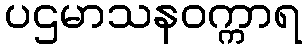
ပဌမာသနဝက္ကာရ